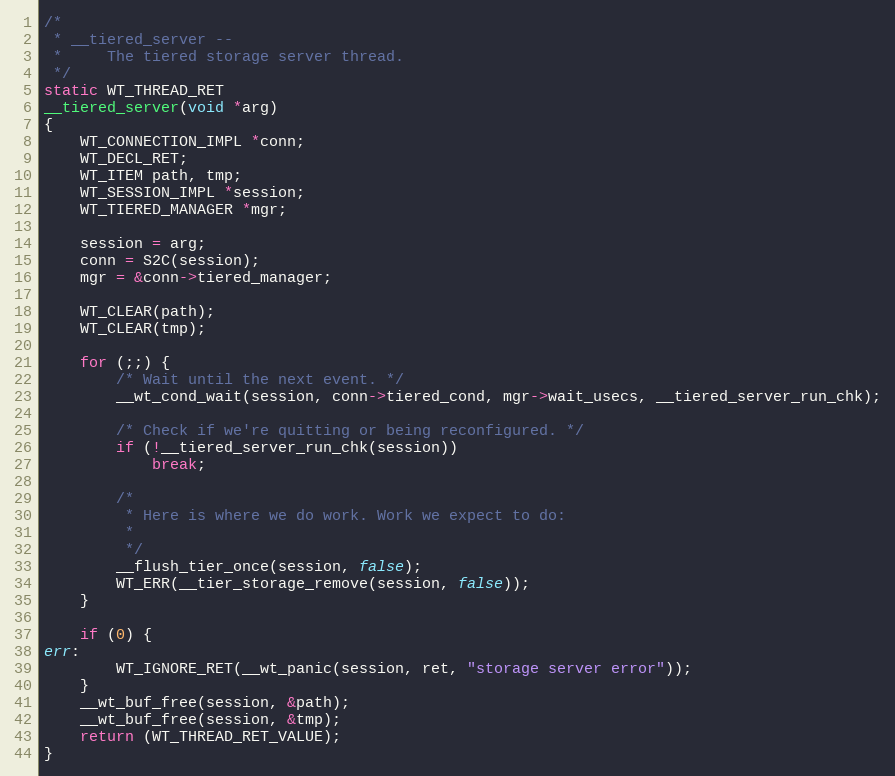
Language: C
/*
 * __tiered_server --
 *     The tiered storage server thread.
 */
static WT_THREAD_RET
__tiered_server(void *arg)
{
    WT_CONNECTION_IMPL *conn;
    WT_DECL_RET;
    WT_ITEM path, tmp;
    WT_SESSION_IMPL *session;
    WT_TIERED_MANAGER *mgr;

    session = arg;
    conn = S2C(session);
    mgr = &conn->tiered_manager;

    WT_CLEAR(path);
    WT_CLEAR(tmp);

    for (;;) {
        /* Wait until the next event. */
        __wt_cond_wait(session, conn->tiered_cond, mgr->wait_usecs, __tiered_server_run_chk);

        /* Check if we're quitting or being reconfigured. */
        if (!__tiered_server_run_chk(session))
            break;

        /*
         * Here is where we do work. Work we expect to do:
         *
         */
        __flush_tier_once(session, false);
        WT_ERR(__tier_storage_remove(session, false));
    }

    if (0) {
err:
        WT_IGNORE_RET(__wt_panic(session, ret, "storage server error"));
    }
    __wt_buf_free(session, &path);
    __wt_buf_free(session, &tmp);
    return (WT_THREAD_RET_VALUE);
}